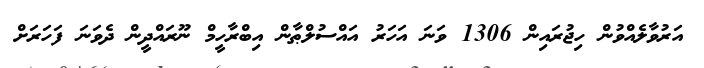
އަރުވާލެއްވުން ހިޖުރައިން 1306 ވަނަ އަހަރު އައްސުލްޠާން އިބްރާހީމް ނޫރައްދީން ދެވަނަ ފަހަރަށް